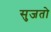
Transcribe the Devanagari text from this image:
सुजतो